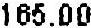
165.00